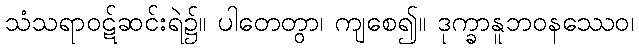
သံသရာဝဋ်ဆင်းရဲ၌။ ပါတေတွာ၊ ကျစေ၍။ ဒုက္ခာနူဘဝနဿေဝ၊